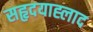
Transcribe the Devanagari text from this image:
सहृदयाह्लाद